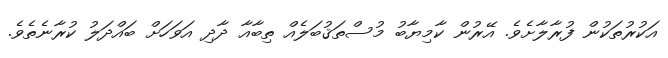
އަކުރުތަކުން ފުރާލާށެވެ. އޭރުން ކާމިޔާބު މުސްތަޤުބަލެއް ތިބާއާ ދާދި އަވަހަށް ބައްދަލު ކުރާނެތެވެ.